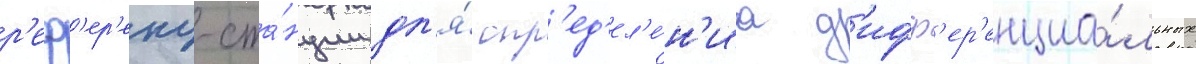
р'еф'ер'енц-ста́нции дл'я́ опр'ед'ел'е́н'иа д'ифф'ер'енциа́льных